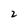
Character: 2